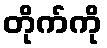
တိုက်ကို